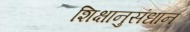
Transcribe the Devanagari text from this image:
शिक्षानुसंधान